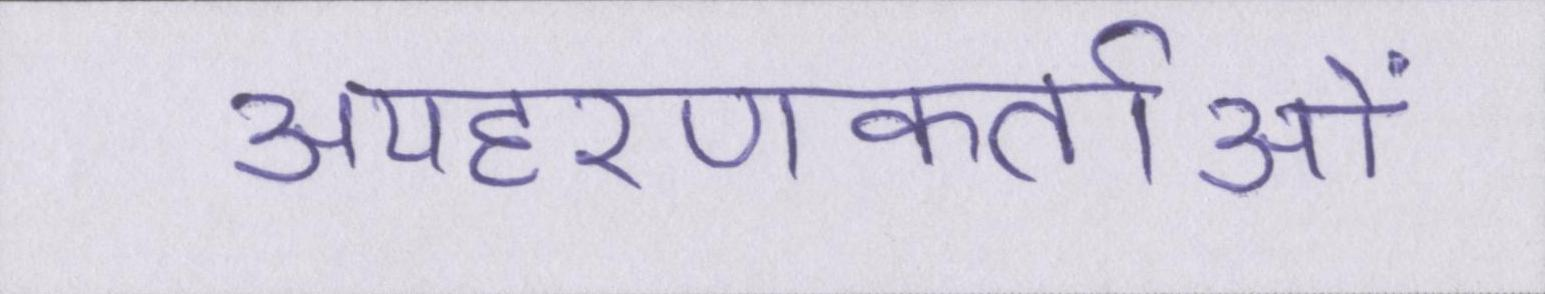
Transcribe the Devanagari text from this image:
अपहरणकर्ताओं